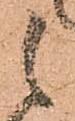
之